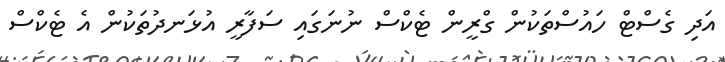
އަދި ގެސްޓް ހައުސްތަކުން ގްރީން ޓެކްސް ނުނަގައި ސަފާރީ އުޅަނދުތަކުން އެ ޓެކްސް